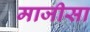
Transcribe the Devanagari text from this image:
माजीसा